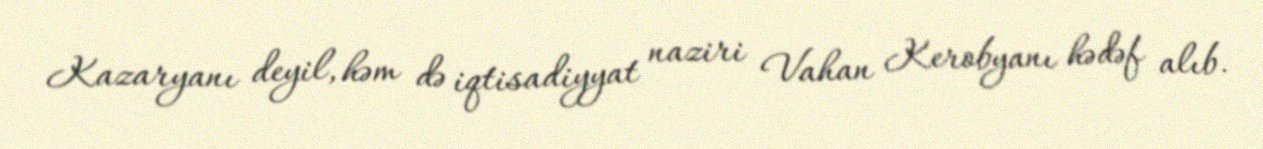
Kazaryanı deyil, həm də iqtisadiyyat naziri Vahan Kerobyanı hədəf alıb.